Leaving Certificate, 1899
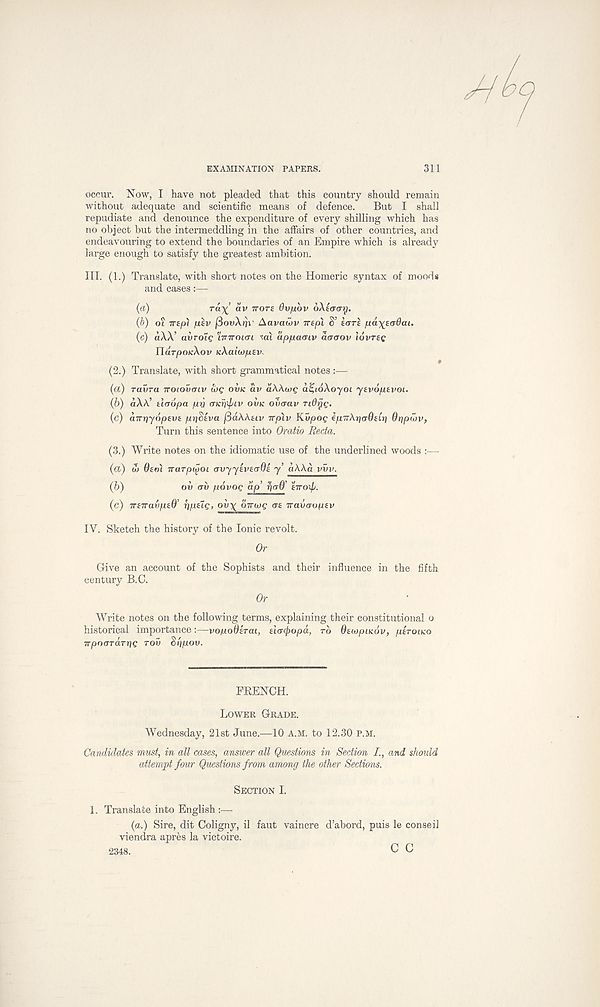
EXAMINATION PAPERS.
311
occur. Now, I have not pleaded that this country should remain
without adequate and scientific means of defence.
But I shall
repudiate and denounce the expenditure of every shilling which has
no object but the intermeddling in the affairs of other countries, and
endeavouring to extend the boundaries of an Empire which is already
large enough to satisfy the greatest ambition.
III. (1.) Translate, with short notes on the Homeric syntax of mood#
and cases:—
(a)
r< *x’ ® v
VOTS 0vju6v oXiaar).
(b) ot Trap) jusv fiovXrjv Aavawv Trepl S’ SOTS fxa\ta6ai.
(c) aXX’ avroig ITTTTOKTI tat ap/uamv acraov IUVTEC
UarpoxXov tcXaiupEv.
(2.) Translate, with short grammatical notes:—
(a) ravra Troiovtnv log OVK av aWwg a^ioXoyot yEvopEvot.
(b) aXb! tloopa py aKr\\ptv OVK oixrav ndyg.
(c) airriyopEVE pri^iva fddXKEtv Trplv Kvpog e/x7rAr}(T0£ti] dripwv,
Turn this sentence into Oratio Recta.
(3.) Write notes on the idiomatic use of the underlined woods :—
(a) SJ OEOI narptoot (TvyyEVEaOi y’ aAAa vvv.
(b)
OV (TV povog dp’ fjoO’ ETTOlfs.
(c) irETravpEd’ riP^G’ °^X dvwg <TE iravaropEv
IV. Sketch the history of the Ionic revolt.
Or
Give an account of the Sophists and their influence in the fifth
century B.C.
Or
Write notes on the following terms, explaining their constitutional o
historical importance:—vopoOirat, Eta^opd, rb Otwpucov, pirotKO
TTpooTarrig rov Sripov.
FRENCH.
LOWER GRADE.
Wednesday, 21st June.—10 A.M. to 12.30 P.M.
Candidates must, in all cases, answer all Questions in Section I., and should
attempt four Questions from among the other Sections.
SECTION I.
1. Translate into English :—
(a.) Sire, dit Coligny, il faut vaincre d’abord, puis le conseil
viendra apres la victoire.
2348.
C C